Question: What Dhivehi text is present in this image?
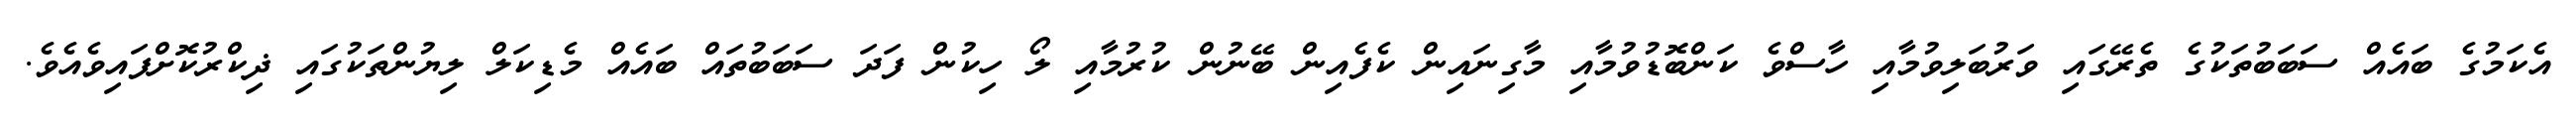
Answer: އެކަމުގެ ބައެއް ސަބަބުތަކުގެ ތެރޭގައި ވަރުބަލިވުމާއި ހާސްވެ ކަންބޮޑުވުމާއި މާގިނައިން ކެފެއިން ބޭނުން ކުރުމާއި ލޯ ހިކުން ފަދަ ސަބަބުތައް ބައެއް މެޑިކަލް ލިޔުންތަކުގައި ޛިކްރުކޮށްފައިވެއެވެ.